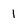
Character: 1